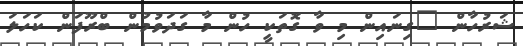
ޝަރުހާން "ގިނައިން މި ވާ ގޮތަކީ ހުން މާ ގަދަވުމުން ބްރޫފަން ކަހަލަ